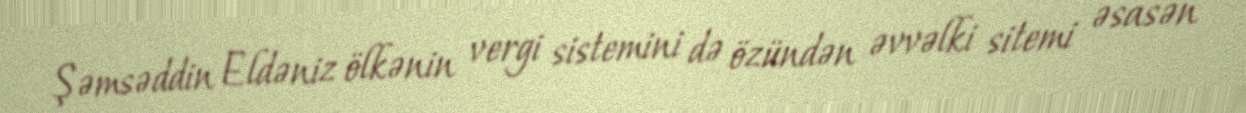
Şəmsəddin Eldəniz ölkənin vergi sistemini də özündən əvvəlki sitemi əsasən